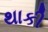
થાકી